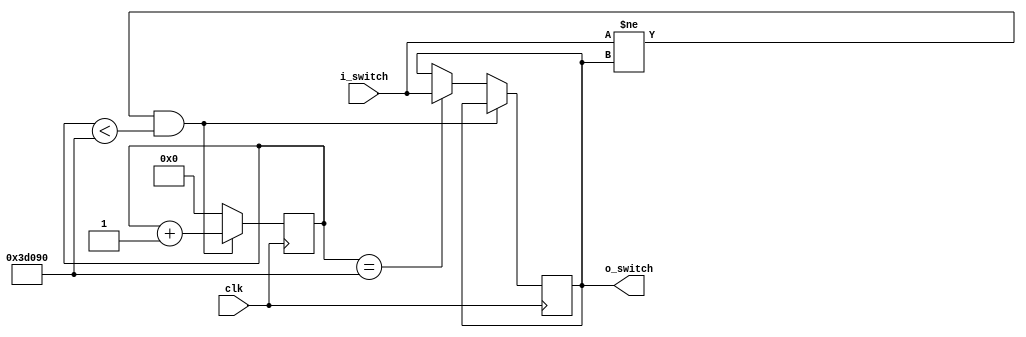
module debounce_switch(
    input clk,
    input i_switch,
    output o_switch);

    parameter c_debounce_limit=250000;// 10ms at 25MHz

reg r_state=1'b0;
reg [17:0] r_count = 0;

    always@(posedge clk)begin
        if (i_switch != r_state && r_count < c_debounce_limit)
            r_count <= r_count +1; //counter
        else if (r_count == c_debounce_limit)begin
            r_count <=0;
            r_state <= i_switch;
        end
        else
            r_count<=0;
    end

assign o_switch=r_state;

endmodule